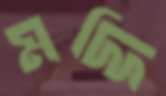
মদ্দি